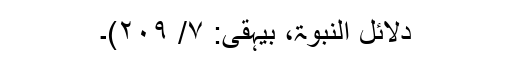
دلائل النبوۃ، بیہقی: ۷/ ۲۰۹)۔